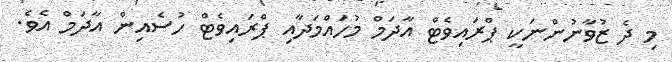
މި ދެ ޒުވާނުންނަކީ ޕްރައިވެޓް އާދަމް މުހައްމަދާއި ޕްރައިވެޓް ހުސެއިން އާދަމް އެވެ.